Annual statistical returns and brief notes on vaccination in Bengal - 1909-1929
Year: 1909
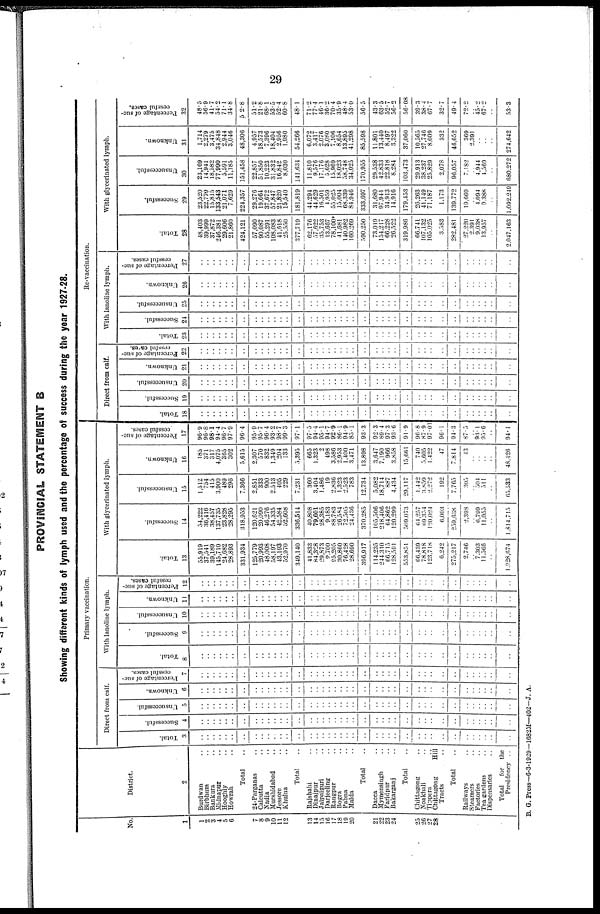
29
PROVINCIAL STATEMENT B
Showing different kinds of lymph used and the percentage of success during the year 1927-28.
No.
1
1
2
3
4
5
6
7
8
9
10
11
12
13
14
15
16
17
18
10
20
21
22 23
24
25
26
27
28
District.
2
Burdwan.. .. ..
Birbhum.. .. ..
Bankura.. .. ..
Midnapur.. .. ..
Hooghly.. .. ..
Howrah.. .. ..
Total..
24-Parganas.. .. ..
Calcutta.. .. ..
Nadia.. .. ..
Murshidabad.. .. ..
Jessore.. .. ..
Khulna.. .. ..
Total.. ..
Rajshahi.. .. ..
Dinajpur.. .. ..
Jipaiguri.. .. ..
Darjeeling.. .. ..
Ranpur.. .. ..
Bogra.. .. ..
Pabna.. .. ..
Malda.. .. ..
Total..
Dacca.. .. ..
Mymensingh.. .. ..
Faridpur.. .. ..
Bakarganj.. .. ..
Total..
Chittagong.. .. ..
Noakhali.. .. ..
Tippera.. .. ..
Chittagong Hill
Tract.
Railaways.. .. ..
Steamera.. .. ..
Factories.. .. ..
Tea gardens.. ..
Dispensiers.. .. ..
Total for the
Presidency.. ..
Primary vaccination.
Direct from calf.
Total.
3
..
..
..
..
..
..
..
..
..
..
..
..
..
..
..
..
..
..
..
..
..
..
..
..
..
..
..
..
..
.. ..
..
..
..
..
..
..
..
Successful.
4
..
..
..
..
..
..
..
..
..
..
..
..
..
..
..
..
..
..
..
..
..
..
..
..
..
..
..
..
..
.. ..
..
..
..
..
..
..
..
Unsuccessful.
5
..
..
..
..
..
..
..
..
..
..
..
..
..
..
..
..
..
..
..
..
..
..
..
..
..
..
..
..
..
.. ..
..
..
..
..
..
..
..
Unknown.
6
..
..
..
..
..
..
..
..
..
..
..
..
..
..
..
..
..
..
..
..
..
..
..
..
..
..
..
..
..
.. ..
..
..
..
..
..
..
..
Percentage of suc-
cessful cases.
7
..
..
..
..
..
..
..
..
..
..
..
..
..
..
..
..
..
..
..
..
..
..
..
..
..
..
..
..
..
.. ..
..
..
..
..
..
..
..
With lanoline lymph.
Total.
8
..
..
..
..
..
..
..
..
..
..
..
..
..
..
..
..
..
..
..
..
..
..
..
..
..
..
..
..
..
.. ..
..
..
..
..
..
..
..
Successful.
9
..
..
..
..
..
..
..
..
..
..
..
..
..
..
..
..
..
..
..
..
..
..
..
..
..
..
..
..
..
.. ..
..
..
..
..
..
..
..
Unsuccessful.
10
..
..
..
..
..
..
..
..
..
..
..
..
..
..
..
..
..
..
..
..
..
..
..
..
..
..
..
..
..
.. ..
..
..
..
..
..
..
..
Unknown.
11
..
..
..
..
..
..
..
..
..
..
..
..
..
..
..
..
..
..
..
..
..
..
..
..
..
..
..
..
..
.. ..
..
..
..
..
..
..
..
Percentage of suc-
cessful cases.
12
..
..
..
..
..
..
..
..
..
..
..
..
..
..
..
..
..
..
..
..
..
..
..
..
..
..
..
..
..
.. ..
..
..
..
..
..
..
..
Total.
13
55,919
37,541
39,189
145,710
24,682
28,893
331,934
125,779
20,993
48,008
58,197
43,193
52,970
349,140
41,833
84,328
29,873
9,700
25,205
30,860
76,428
28,690
396,917
114,235
244,310
66,715
128,591
553,851
66,439
78,818
123,718
6,242
275,217
2,746
.. 7,303
11,566
1,928,674
With glycerinated lymph.
Successful.
14
54,222
36,416
38,457
137,735
23,828
28,295
318,953
120,621
20,090
46,276
54,335
42,584
52,608
336,514
40,808
79,601
28,385
9,183
88,783
26,584
72,505
24,436
370,285
105,506
218,406
64,862
120,299
509,073
64,257
69,354
120,024
6,003
259,638
2,398
.. 6,799
11,055
1,814,715
Unsuccessful.
15
1,512
754
415
3,900
489
296
7,366
2,851
333
900
2,513
405
229
7,231
360
3,404
1,486
19
2,836
1,323
2,523
783
12,734
5,082
18,714
887
4,434
29,117
1,442
3,859
2,272
192
7,765
305
.. 504
511
65,533
Unknown.
16
185
371
317
4,075
365
302
5,615
2,307
570
832
1,349
204
133
5,395
665
1,323
2
498
3,586
2,953
1,400
3,471
13,898
3,647
7,190
966
3,858
15,661
740
5,605
1,422
47
7,814
43
..
..
..
48,426
Percentage of suc-
cessful cases.
17
96.9
96.8
98.1
94.4
96.7
97.9
96.4
95.9
95.7
96.4
93.2
98.7
99.3
97.1
97.5
94.4
95.1
94.7
92.9
86.1
94.9
85.1
93.3
92.3
89.4
97.3
93.6
91.9
96.8
87.9
97.01
96.1
94.3
87.5
.. 93.1
95.6
94.1
Re-vaccination.
Direct from calf.
Total.
18
..
..
..
..
..
..
..
..
..
..
..
..
..
..
..
..
..
..
..
..
..
..
..
..
..
..
..
..
..
.. ..
..
..
..
..
..
..
..
Successful.
19
..
..
..
..
..
..
..
..
..
..
..
..
..
..
..
..
..
..
..
..
..
..
..
..
..
..
..
..
..
.. ..
..
..
..
..
..
..
..
Unsuccessful.
20
..
..
..
..
..
..
..
..
..
..
..
..
..
..
..
..
..
..
..
..
..
..
..
..
..
..
..
..
..
.. ..
..
..
..
..
..
..
..
Unknown.
21
..
..
..
..
..
..
..
..
..
..
..
..
..
..
..
..
..
..
..
..
..
..
..
..
..
..
..
..
..
.. ..
..
..
..
..
..
..
..
Percentage of suc-
cessful cases.
22
..
..
..
..
..
..
..
..
..
..
..
..
..
..
..
..
..
..
..
..
..
..
..
..
..
..
..
..
..
.. ..
..
..
..
..
..
..
..
With lanoline lymph.
Total.
23
..
..
..
..
..
..
..
..
..
..
..
..
..
..
..
..
..
..
..
..
..
..
..
..
..
..
..
..
..
.. ..
..
..
..
..
..
..
..
Successful.
24
..
..
..
..
..
..
..
..
..
..
..
..
..
..
..
..
..
..
..
..
..
..
..
..
..
..
..
..
..
.. ..
..
..
..
..
..
..
..
Unsuccessful.
25
..
..
..
..
..
..
..
..
..
..
..
..
..
..
..
..
..
..
..
..
..
..
..
..
..
..
..
..
..
.. ..
..
..
..
..
..
..
..
Unknown.
26
..
..
..
..
..
..
..
..
..
..
..
..
..
..
..
..
..
..
..
..
..
..
..
..
..
..
..
..
..
.. ..
..
..
..
..
..
..
..
Percentage of suc-
cessful cases.
27
..
..
..
..
..
..
..
..
..
..
..
..
..
..
..
..
..
..
..
..
..
..
..
..
..
..
..
..
..
.. ..
..
..
..
..
..
..
..
Total.
28
48,403
39,999
37,872
246,381
29,606
21,860
424,121
57,090
90,087
55,291
108,083
41,618
25,550
377,719
62,176
57,622
35,753
13,667
78,100*
41,681
140,982
160,269
590,250
73,019
154,217
66,228
26,522
319,986
66,741
107,132
105,025
3,583
282,481
27,220
2,391
9,038
13,957
2,047,163
With glycerinated lymph.
Successful.
29
23,520
22,779
15,815
133,543
21,071
7,629
224,357
29,276
19,664
37,672
57,847
21,820
15,540
181,819
44,294
44,629
16,501
4,959
55,025
15,004
68,339
84,946
333,697
31,680
97,944
34,913
14,916
179,453
26,263
41,149
71,187
1,173
139,772
19,669
.. 4,094
9,388
1,092,249
Unsuccessful.
30
23,169
14,941
18,582
77,990
5,591
11,185
151,458
22,857
51,850
10,223
31,832
16,842
8,030
141,634
11,810
9,576
17,176
5,628
15,969
18,023
58,748
34,025
170,955
29,538
42,833
22,818
8,284
103,473
29,913
38,237
25,829
2,078
96,057
7,182
.. 4,944
4,569
680,272
Unknown.
31
1,714
2,279
3,475
34,848
2,944
3,046
48,306
4,957
18,573
7,396
18,404
2,956
1,980
54,266
6,072
3,417
2,076
3,080
7,106
8,654
13,895
41,298
85,598
11,801
13,440
8,497
3,322
37,060
10,565
27,746
8,009
332
46,652
369
2,391
..
..
274,642
Percentage of suc-
cessful cases.
32
48.5
56.9
41.7
54.2
71.1
34.8
52.8
51.2
21.8
68.1
53.5
52.4
60.8
48.1
71.2
77.4
46.1
36.2
70.4
35.9
48.4
53.0
56.5
43.3
63.5
52.7
56.2
56.08
39.3
38.4
..
32.7
49.4
72.2
.. 45.2
67.2
53.3
B. G. Press—6-3-1929—1682M—402—J. A.